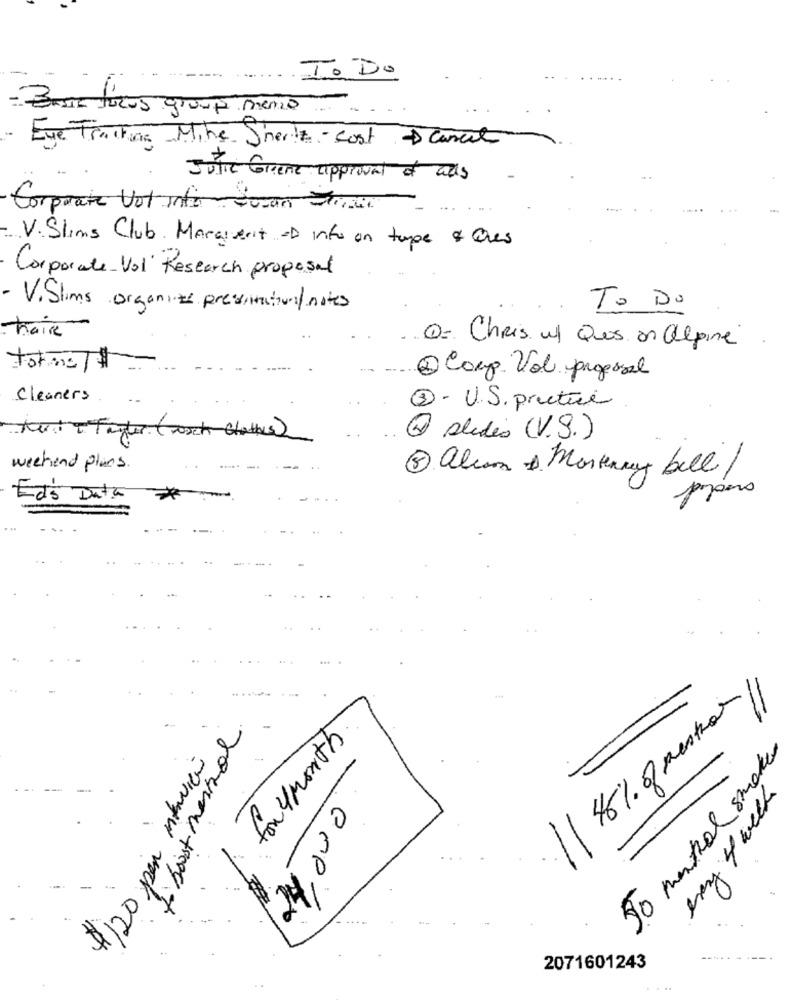
----
To Do
- Beste ticos group meno
- Eye Tracking Mike Shertz- Cost Cancel
Julie Greene approval of ads
Corporate Vot info
V. Slims Club. Margivenit - info on type & Ches
Corporate Vol Research proposal
- ViSlims organizz presentations/notes
To Do
traire
O- ChRis ul Ques an alpine
torms]
@ Comp. Vol pregesel
Cleaners
3 - U.S. pructure
Fuite Tayler (Josch Clothes)
4 slides (V.S.)
weekend plans.
5 alcan & Mortencey bell /
Ed's Data
*
-
11
1 46% of menthon
to boost messol
for 4 Month
4/20 pin interview
50 mental smaker
every 4 weeks
14,000
2071601243